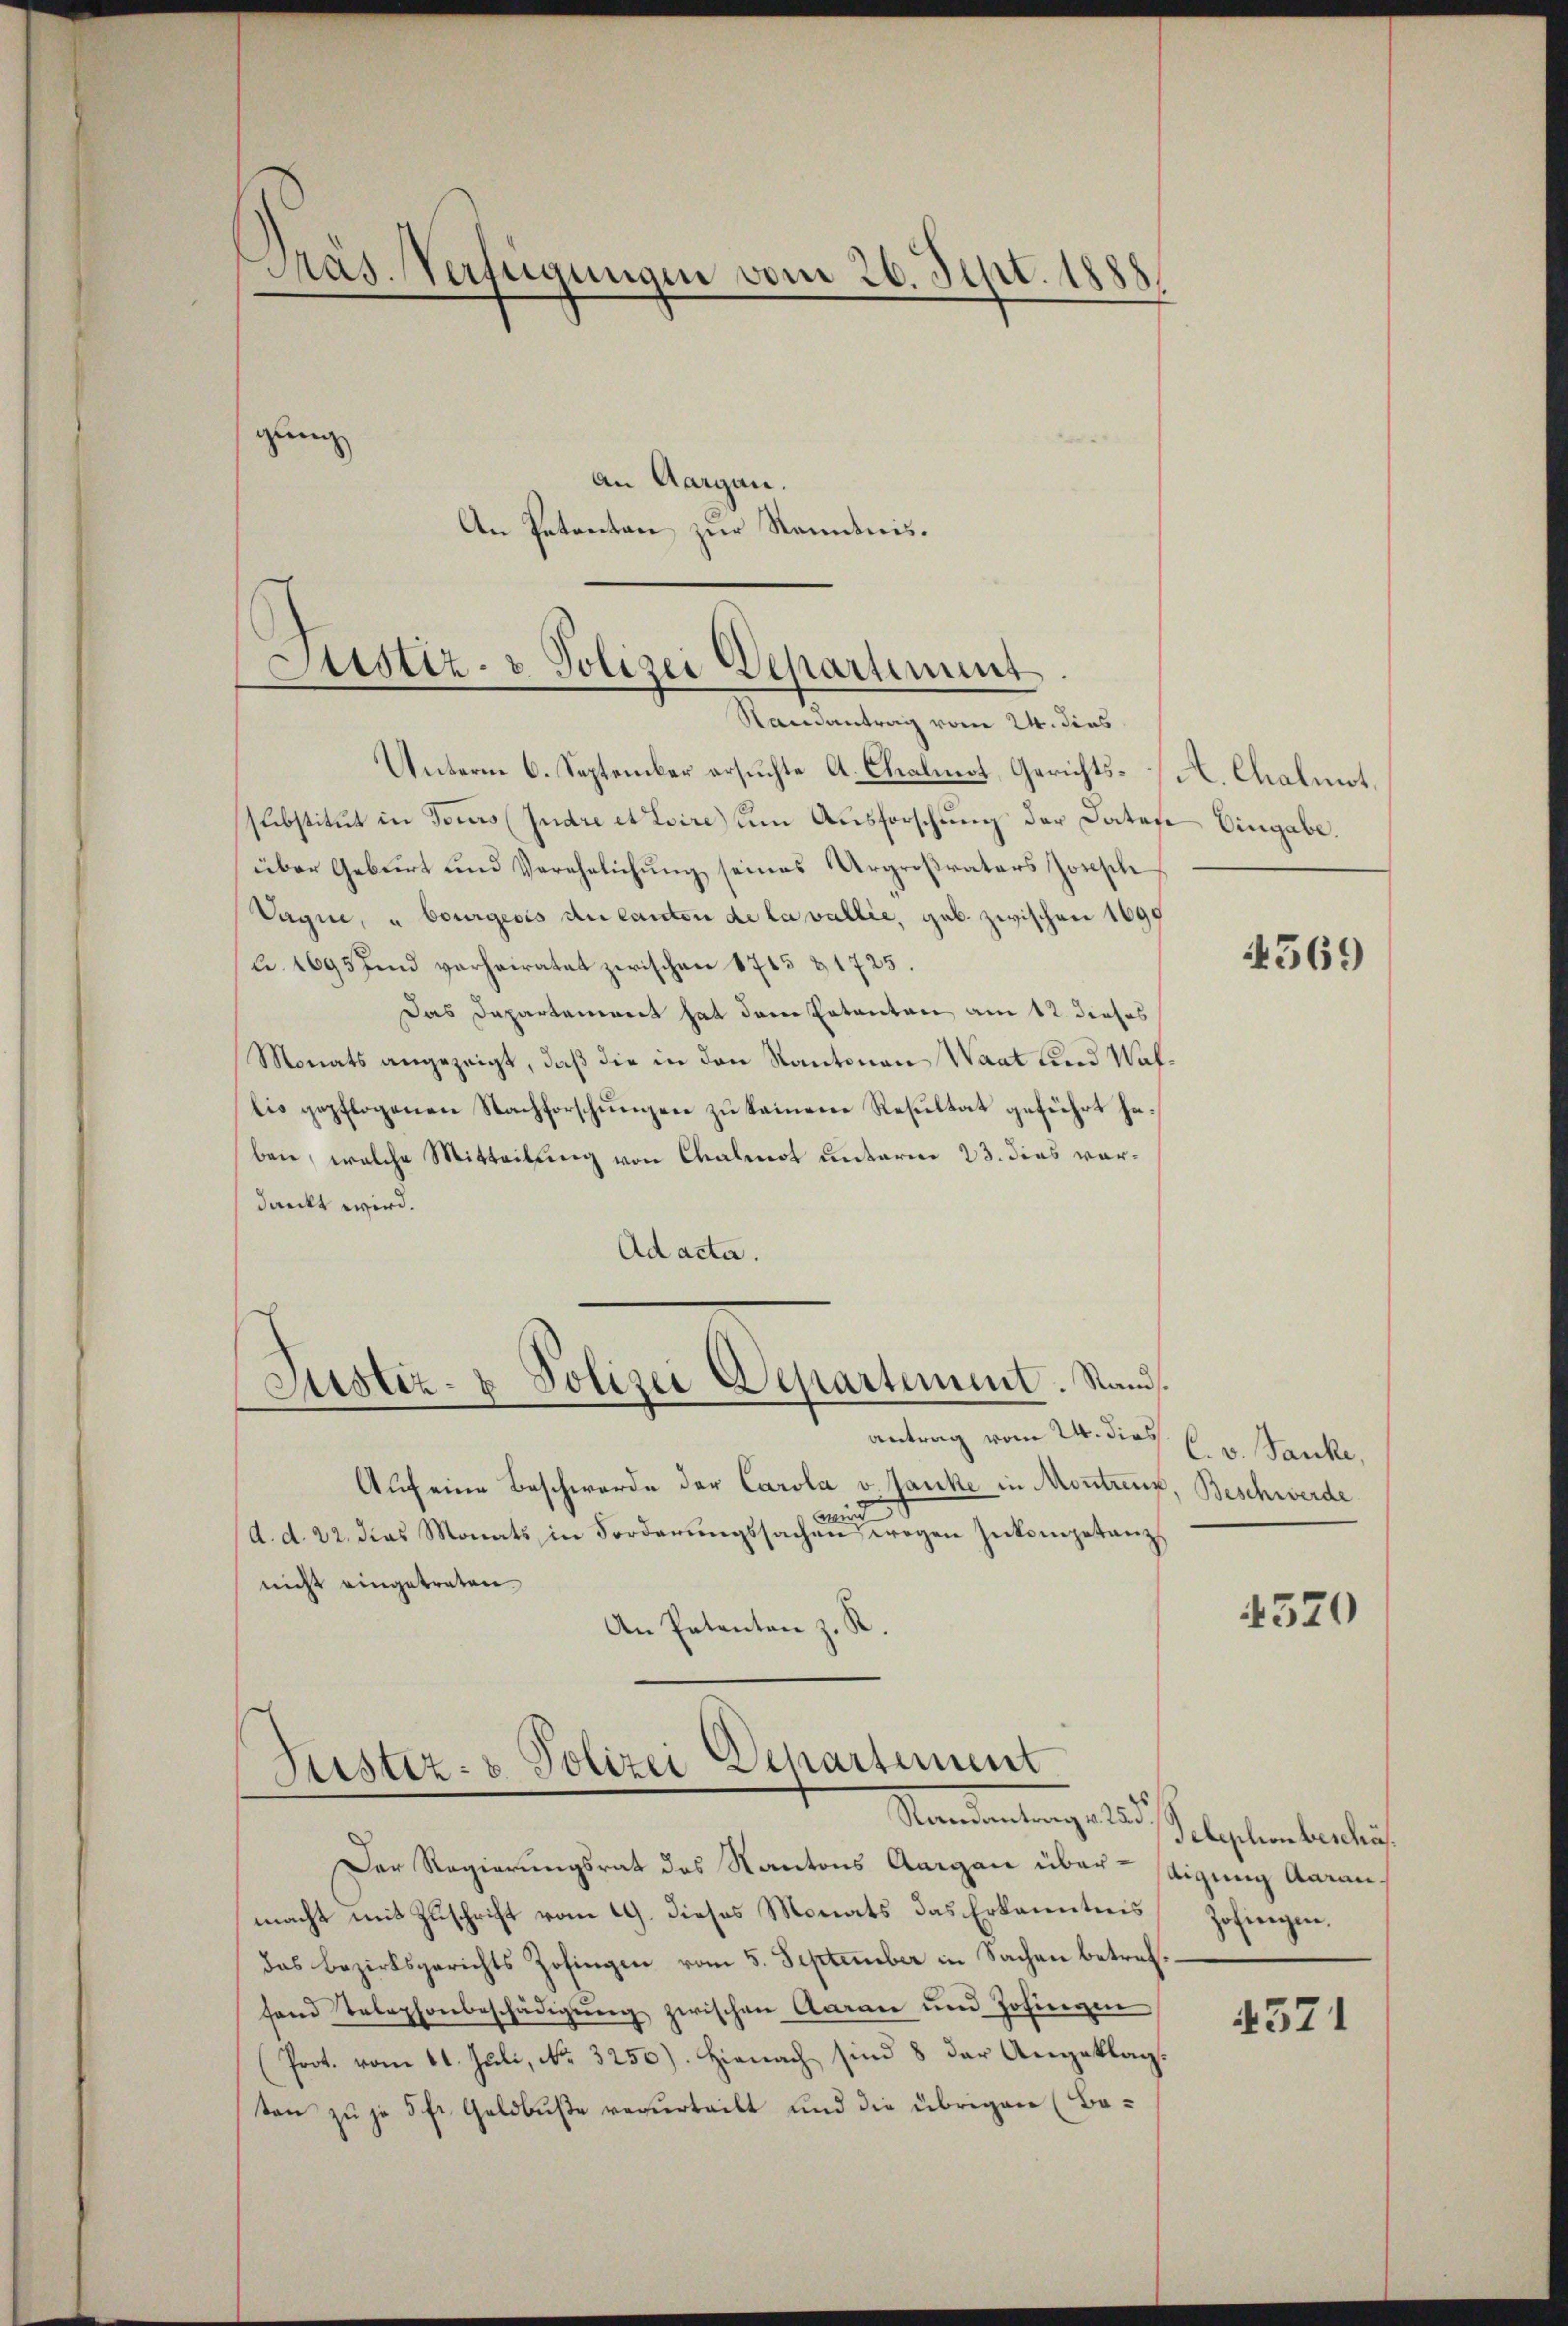
Präs. Verfügungen vom 26. Sept. 1888

gung

Justiz- & Polizei Departement.
.
.

An Aargau.
An Petenten zur Kenntnis.

Randantrag vom 24. dies
Unterm 6. September ersuchte A. Ckalmot, Gerichts- A. Chalmot,
substitut in Tours (Judre et Lire um Ausforschung der Datare Eingabe.
über Geburt und Verehelichŭng seines Urgroßvaters Joseph
Vague, u bourgeois du Canton de la vallie, geb. zwischen 1699
2. 1695 und verheiratet zwischen 1715 & 1725.
Das Departement hat dem Patenten am 12. dieses
Monats angezeigt, daß die in den Kantonen Waat und Waflis gepflogenen Nachforschungen zu keinene Resultat geführt haben, welche Mitteilung von Calnot unterm 23. dies vordankt wird.
Ad acta.
Justiz- & Polizei Departement. Stand
.
antrag vom 24. dies C. v. Sanke,
Auf eine Beschwerde der Carola v. Janke in Montreux, Beschwerde
mid
(A. d. 22. das Monats in Forderungssachen wegen Inkompetanz
nicht eingetreten.
An Petenten z. R.

Justiz- & Polizei Departement
Standeutung des

Der Regierungsrat des Kantons Aargau übermacht mit Zuschrift vom 19. dieses Monats das Erkanntnis Zofingier
das Bezirksgerichts Zofingen vom 5. September in Sachen betreffand Telephonbeschädigŭng zwischen Aaran und Zofingen
Prot. vom 11. Juli, No. 3250). Hienach sind 8 der Angeklagton zu je 5 fr. Geldbuße verurteilt und die übrigen (Ba¬

4569

4520

Telephonbeschäf
tigung Aarau

4571